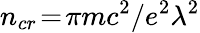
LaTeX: n_{cr}\! =\! \pi mc^{2}/e^{2}\lambda^{2}